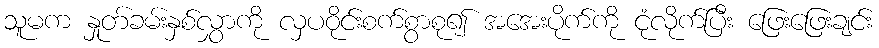
သူမက နှုတ်ခမ်းနှစ်လွှာကို လှပဝိုင်းစက်စွာစု၍ အအေးပိုက်ကို ငုံလိုက်ပြီး ဖြေးဖြေးချင်း